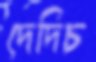
দেদিচ